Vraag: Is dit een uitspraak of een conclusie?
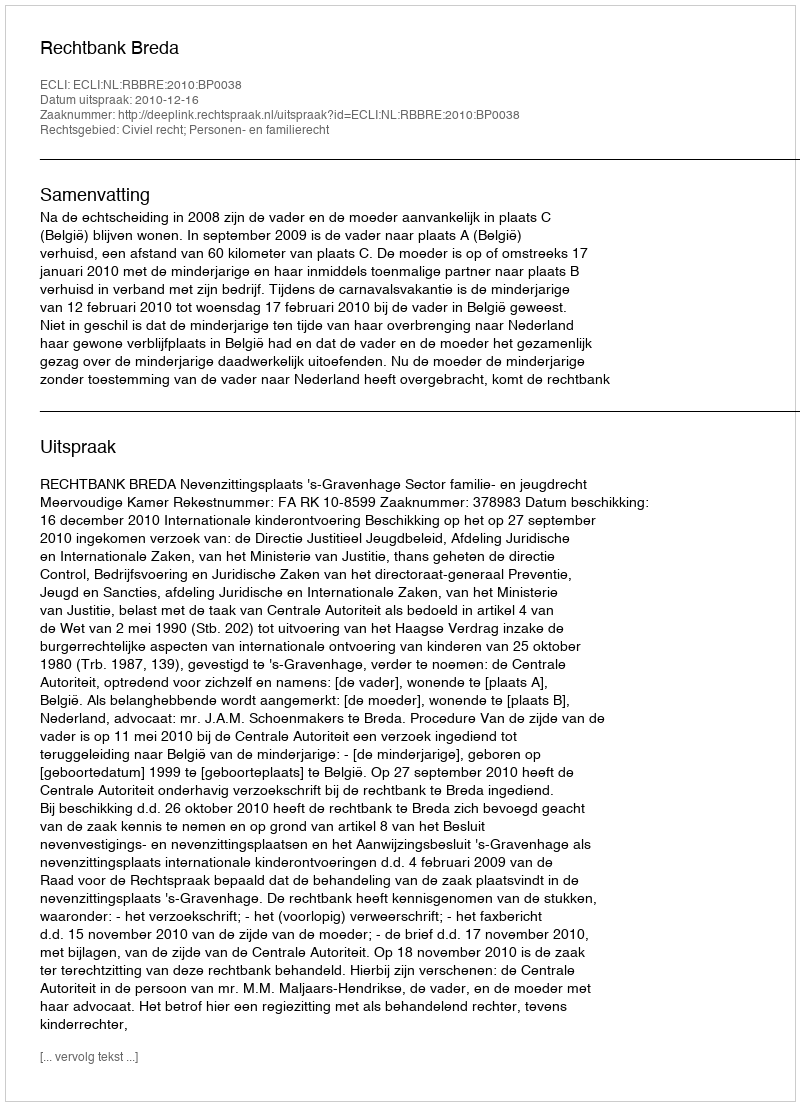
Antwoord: Uitspraak